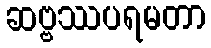
ဆဗ္ဗဿပရမတာ